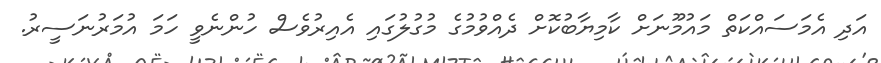
އަދި އެމަސައްކަތް މައުމޫނަށް ކާމިޔާބުކޮށް ދެއްވުމުގެ މުގުލުގައި އެއިރުވެސް ހުންނެވީ ހަމަ އުމަރުނަސީރު.